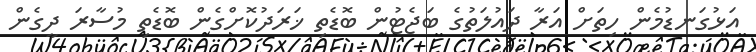
އަޅުގަނޑުމެން ހިތަށް އަރާ ދައުލަތުގެ ބަޖެޓުން ބޮޑެތި ޚަރަދުކޮށްގެން ބޮޑެތި މުސާރަ ދީގެން